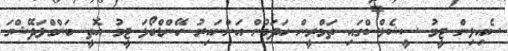
ސެއިލިން ޓީމު ސީޝެލްސްގައި ތަމްރީން ހަދަމުން އަންނައިރު ހޭންްޑްބޯޅަ ޓީމު އޮތީ ބަންގްލަދޭޝްގަ